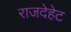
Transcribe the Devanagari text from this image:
राजदेहेट